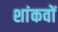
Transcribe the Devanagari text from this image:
शांकवों